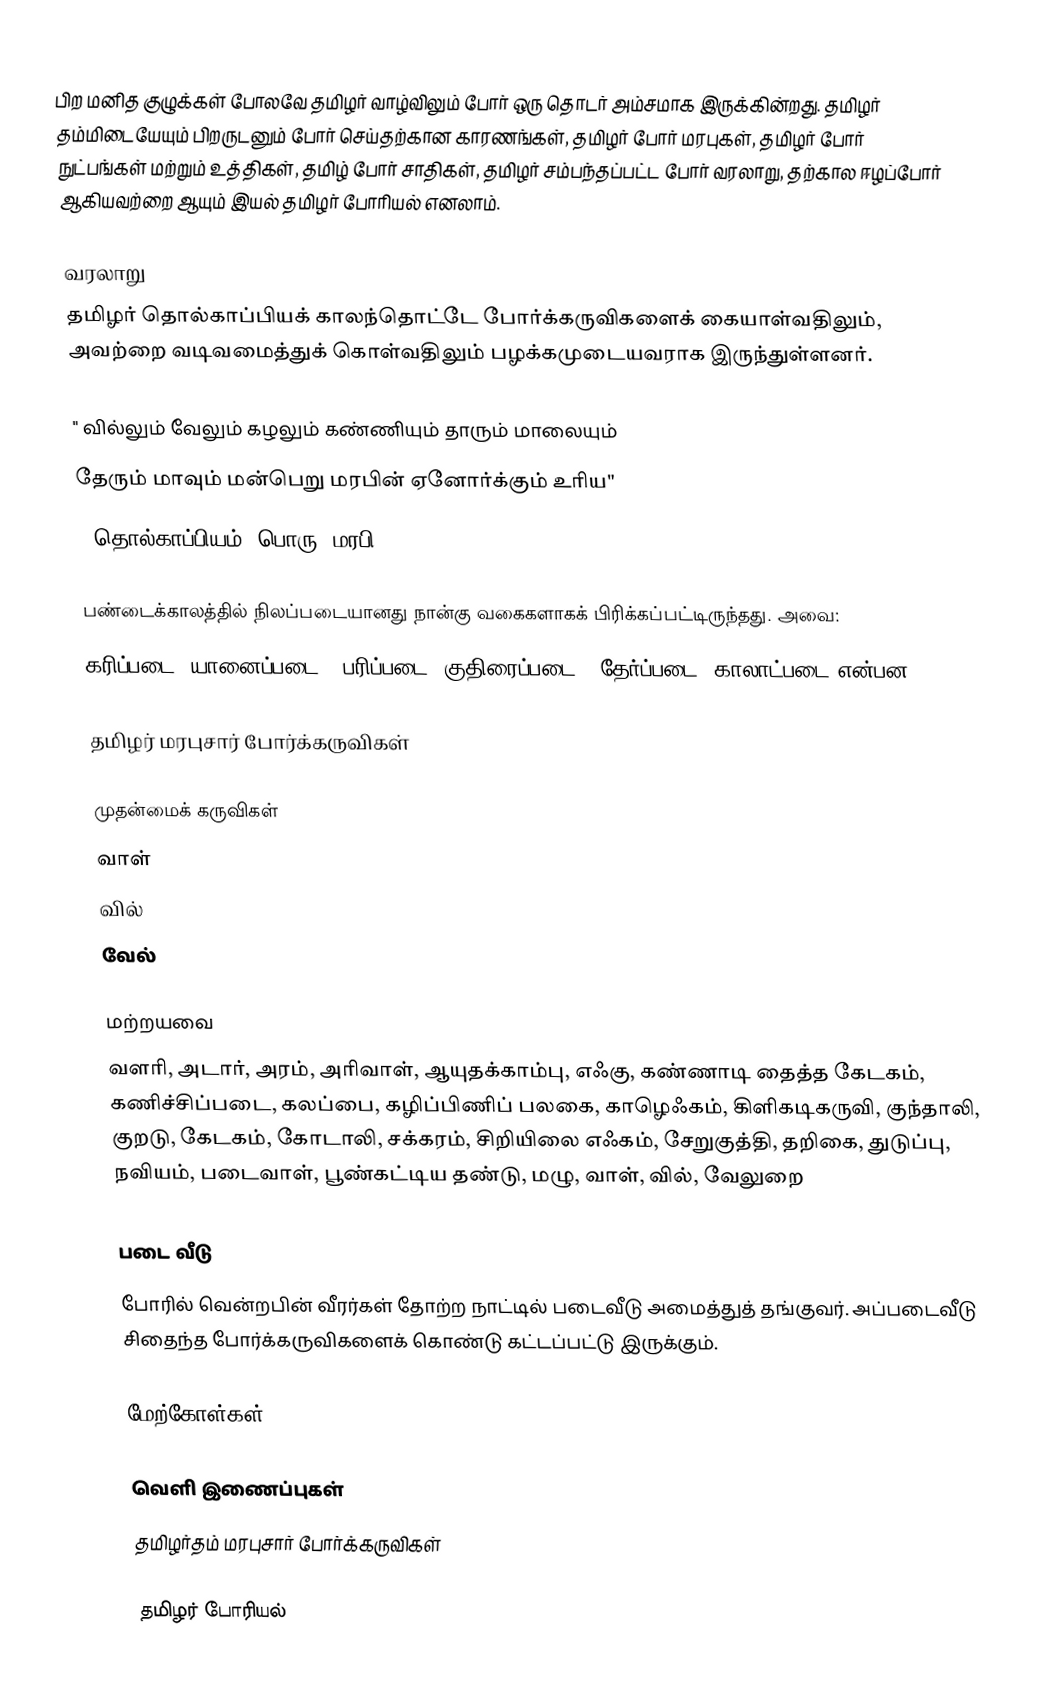
பிற மனித குழுக்கள் போலவே தமிழர் வாழ்விலும் போர் ஒரு தொடர் அம்சமாக இருக்கின்றது.  தமிழர் தம்மிடையேயும் பிறருடனும் போர் செய்தற்கான காரணங்கள், தமிழர் போர் மரபுகள், தமிழர் போர் நுட்பங்கள் மற்றும் உத்திகள், தமிழ் போர் சாதிகள், தமிழர் சம்பந்தப்பட்ட போர் வரலாறு, தற்கால ஈழப்போர் ஆகியவற்றை ஆயும் இயல் தமிழர் போரியல் எனலாம்.

வரலாறு
தமிழர் தொல்காப்பியக் காலந்தொட்டே போர்க்கருவிகளைக் கையாள்வதிலும், அவற்றை வடிவமைத்துக் கொள்வதிலும் பழக்கமுடையவராக இருந்துள்ளனர்.

        " வில்லும் வேலும் கழலும் கண்ணியும் தாரும் மாலையும்
          தேரும் மாவும் மன்பெறு மரபின் ஏனோர்க்கும் உரிய"
                       - தொல்காப்பியம், பொரு. மரபி. 628.

பண்டைக்காலத்தில் நிலப்படையானது நான்கு வகைகளாகக் பிரிக்கப்பட்டிருந்தது. அவை:
கரிப்படை (யானைப்படை), பரிப்படை (குதிரைப்படை), தேர்ப்படை, காலாட்படை என்பன.

தமிழர் மரபுசார் போர்க்கருவிகள்

முதன்மைக் கருவிகள்
 வாள்
 வில்
 வேல்

மற்றயவை
வளரி, அடார், அரம், அரிவாள், ஆயுதக்காம்பு, எஃகு, கண்ணாடி தைத்த கேடகம், கணிச்சிப்படை, கலப்பை, கழிப்பிணிப் பலகை, காழெஃகம், கிளிகடிகருவி, குந்தாலி, குறடு, கேடகம், கோடாலி, சக்கரம், சிறியிலை எஃகம், சேறுகுத்தி, தறிகை, துடுப்பு, நவியம், படைவாள், பூண்கட்டிய தண்டு, மழு, வாள், வில், வேலுறை

படை வீடு
போரில் வென்றபின் வீரர்கள் தோற்ற நாட்டில் படைவீடு அமைத்துத் தங்குவர். அப்படைவீடு சிதைந்த போர்க்கருவிகளைக் கொண்டு கட்டப்பட்டு இருக்கும்.

மேற்கோள்கள்

வெளி இணைப்புகள்
 தமிழர்தம் மரபுசார் போர்க்கருவிகள்

தமிழர் போரியல்